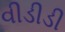
વીડીડી